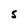
Character: 5